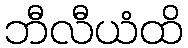
ဘီလီယံထိ